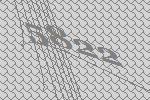
5822